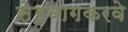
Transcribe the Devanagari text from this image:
सेहवागकरवे